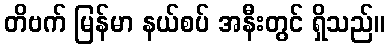
တိဗက် မြန်မာ နယ်စပ် အနီးတွင် ရှိသည်။